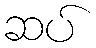
ဆပ်